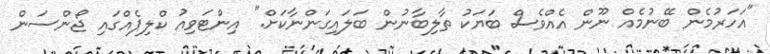
"އަހަރުމެން ބޭނުމެއް ނޫން އެއްވެސް ބަޔަކު ތާލިބާނުން ބަލައިގަންނާކަށް." އިންޓަވިއު ކްލިޕެއްގައި ޖޯންސަން